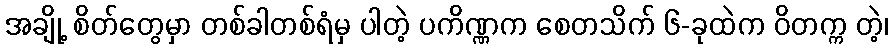
အချို့ စိတ်တွေမှာ တစ်ခါတစ်ရံမှ ပါတဲ့ ပကိဏ္ဏက စေတသိက် ၆-ခုထဲက ဝိတက္က တဲ့၊